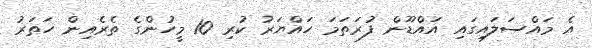
އެ މައްސަލައިގައި އައްޑޫން ފުރަތަމަ ހައްޔަރު ކުރި 10 މީހުންގެ ތެރެއިން ހަތަރު